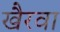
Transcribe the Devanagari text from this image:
खैरवा